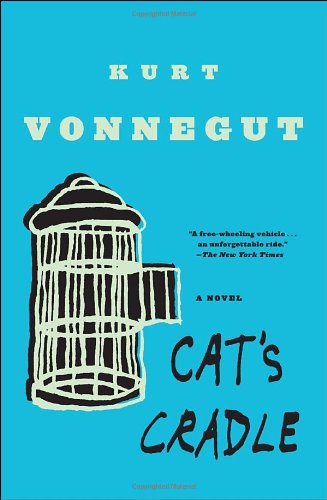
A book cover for Cat's Cradle: A Novel; Kurt Vonnegut; Science Fiction & Fantasy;